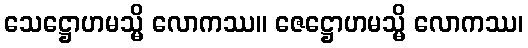
သေဋ္ဌောဟမသ္မိ လောကဿ။ ဇေဋ္ဌောဟမသ္မိ လောကဿ၊